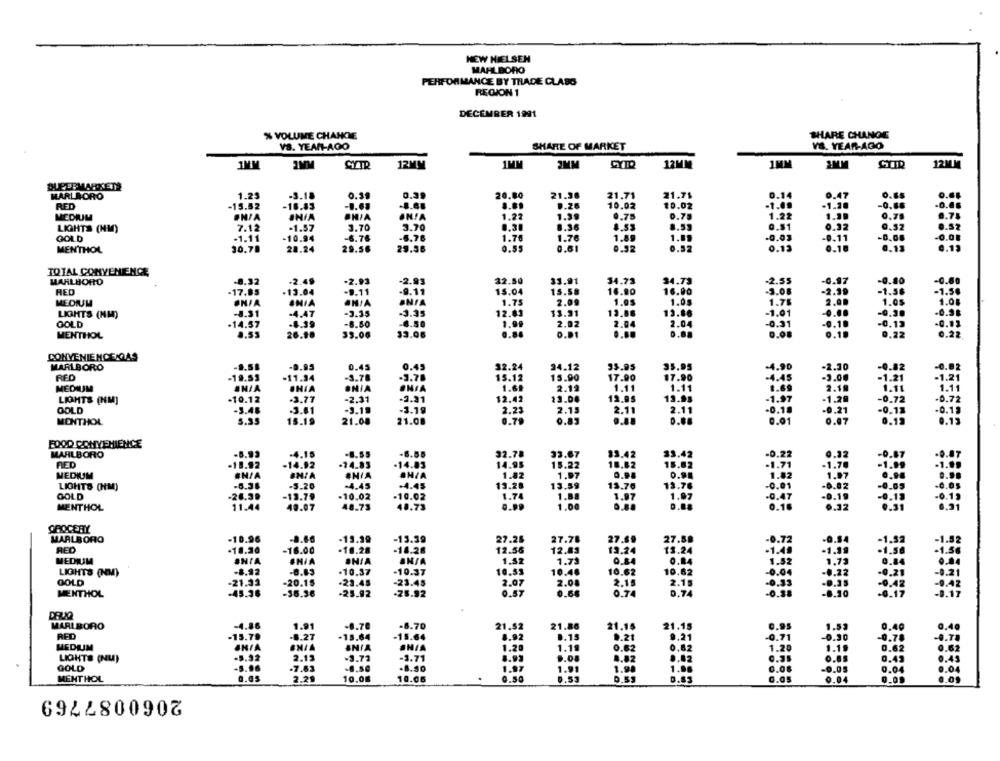
HEW NIELSEN
MAHLBORO
PERFORMANCE BY TRADE CLASS
REGION 1
DECEMBER 1991
% VOLUME CHANGE
SHARE CHANGE
VS. YEAR-AGO
VS. YEAR-AGO
SHARE OF MARKET
1MM
1MM
CYTR
12MM
1MM
JMM
CYTO
12MM
1MM
12MM
SUPERMARKETS
MARLBORO
1.25
-5.18
0.39
0.39
20.80
21.38
21.71
21.75
0.14
0.47
0.65
RED
-15.52
-16.83
-8.63
0.26
10.02
10.02
1.4.
-1.20
-0.66
.0.06
1.30
0.75
MEDIUM
#N/A
INIA
PHIA
IN!A
1.22
0.75
1.22
0.75
0.75
LIGHTS (NM)
7.12
-1.57
3.70
3.70
0,31
8.36
8.53
8.59
0.51
0.52
0.52
GOLD
-10.94
-6.76
-6.76
1.76
1.76
1.89
1.89
-0.03
11
-0.08
-1.11
MENTHOL
30.70
28.24
29.56
29.56
0.55
0.61
0.92
0.52
0.13
0.18
0.13
0.13
TOTAL CONVENIENCE
MARLBORO
-8.32
-2.4
-2.93
-2.93
22.50
33.91
34.73
34.73
-2.55
-0.97
-0.80
-0.80
RED
16.90
16.90
-3.08
-2.39
-1.58
-1.5€
.17.85
-13.04
.9.11
-9.11
15.04
15.58
MEDIUM
ONIA
INIA
AN/A
ONIA
1.75
7.00
1.0$
1.05
1.75
1.05
1.08
-J.31
-4.47
-3.35
-3.35
12.83
$3.31
13.86
13.86
-1.01
....
-0.30
-0.98
LIGHTS (NM)
GOLD
.14.57
4.39
-6.50
-6.50
1.99
2.02
2.04
2.04
-0.91
9.1.
-0.13
-0.12
MENTHOL
26.98
33.06
33.06
.. 8
O.D1
....
0.88
0.1.
0.22
0.22
CONVENIENCEMAS
MARLBORO
-9.51
-0.95
0.45
0.45
32.24
24.12
95.95
35.95
-4.90
-2.30
-0.82
RED
-19.53
.11.34
-3.78
.3.78
15.12
15.90
17.90
17.90
-4.45
-9.00
21
MEDIUM
CHIA
ONIA
ENZA
1.69
2.19
1.11
1.11
1.69
2.10
LIGHTS (NM]
-10.12
-3.77
-2.31
.3.31
12.42
13.00
12.98
13.95
-1.97
-1.29
1.72
GOLD
-3.46
3.61
-3.19
-3.19
2.23
2.13
2.11
2.11
-0.21
0.11
5.35
0.87
MENTHOL
15.19
21.08
21.00
0.70
0.83
....
0.88
0.01
0.12
FOOD CONVENIENCE
MARLBORO
.8.55
-6.55
32.78
33.67
33.42
33.42
-0.22
0.12
-0.87
RED
-18.92
-14.12
.74.83
.14.83
14.95
15.22
18.82
15.62
-1.71
-1.70
1.82
MEDIUM
#HIA
1.97
0.98
0.9.
1.82
LIGHTS (HM)
3.20
-4.45
-4.45
13.28
13.59
13.76
13.76
-0.01
-26,39
13.79
-10.02
10.02
1.8.
1.97
1.97
-0.47
GOLD
1.74
MENTHOL
11.44
40.07
48.73
40.73
1.00
0.18
1.32
GROCERY
MARLBORO
-10.96
-0.66
-13.39
-13.39
27.78
27.69
27.88
-0.72
-0.14
RED
-18.30
-16.00
-16.26
12.56
12.83
13.24
-1.48
-1.19
-10.28
13.24
MEDIUM
SHIA
#N/A
#N/A
ANIA
1.52
1.71
0.84
0.84
1.52
1.73
-8.92
-6.83
.10.37
-10.37
10.53
10.48
10.62
10.62
0.04
1.22
LIGHTS (NOM)
GOLD
-21.33
-20.15
-23.45
-23.45
2.04
2.15
2.15
0.33
.. 35
-0.42
MENTHOL
-45.36
-35.36
-25.92
.25.92
9.57
0.64
0.74
0.74
-0.38
-0.30
-0.17
MARLBORO
-4.86
1.91
-8.70
-8.70
21.52
21.86
21.15
0.95
21.15
1.5
0.40
RED
-15.79
.6.27
-15.64
-15.64
1.92
0.15
D.21
9.21
-0.71
-0.30
-0.78
MEDIUM
BNIA
BNIA
1.20
1.19
0.62
0,62
1.20
0.62
LIGHTS (NU)
. 5.92
2.13
.3.72
-3.71
1.93
9.08
8.82
0.82
0.45
GOLD
5.96
.7.63
-0.50
.8.50
1.97
1.91
1.98
1.08
0.0.
0.04
MENTHOL
a.as
2.29
0.50
0.53
0.53
0.83
10.06
10.06
0.05
0.04
0.09
2060087769